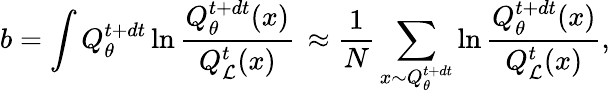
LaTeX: b=\int Q_{\theta}^{t+dt}\ln\frac{Q_{\theta}^{t+dt}(x)}{Q_{\mathcal{L}}^{t}(x)}\, \approx\frac{1}{N}\sum_{x\sim Q_{\theta}^{t+dt}}\ln\frac{Q_{\theta}^{t+dt}(x)}{Q_{\mathcal{L}}^{t}(x)},